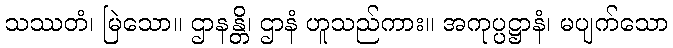
သဿတံ၊ မြဲသော။ ဌာနန္တိ၊ ဌာနံ ဟူသည်ကား။ အကုပ္ပဋ္ဌာနံ၊ မပျက်သော